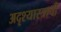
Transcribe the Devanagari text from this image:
अदृश्यास्त्राची